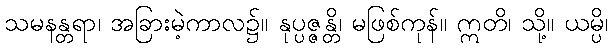
သမနန္တရာ၊ အခြားမဲ့ကာလ၌။ နုပ္ပဇ္ဇန္တိ၊ မဖြစ်ကုန်။ ဣတိ၊ သို့။ ယမ္ပိ၊